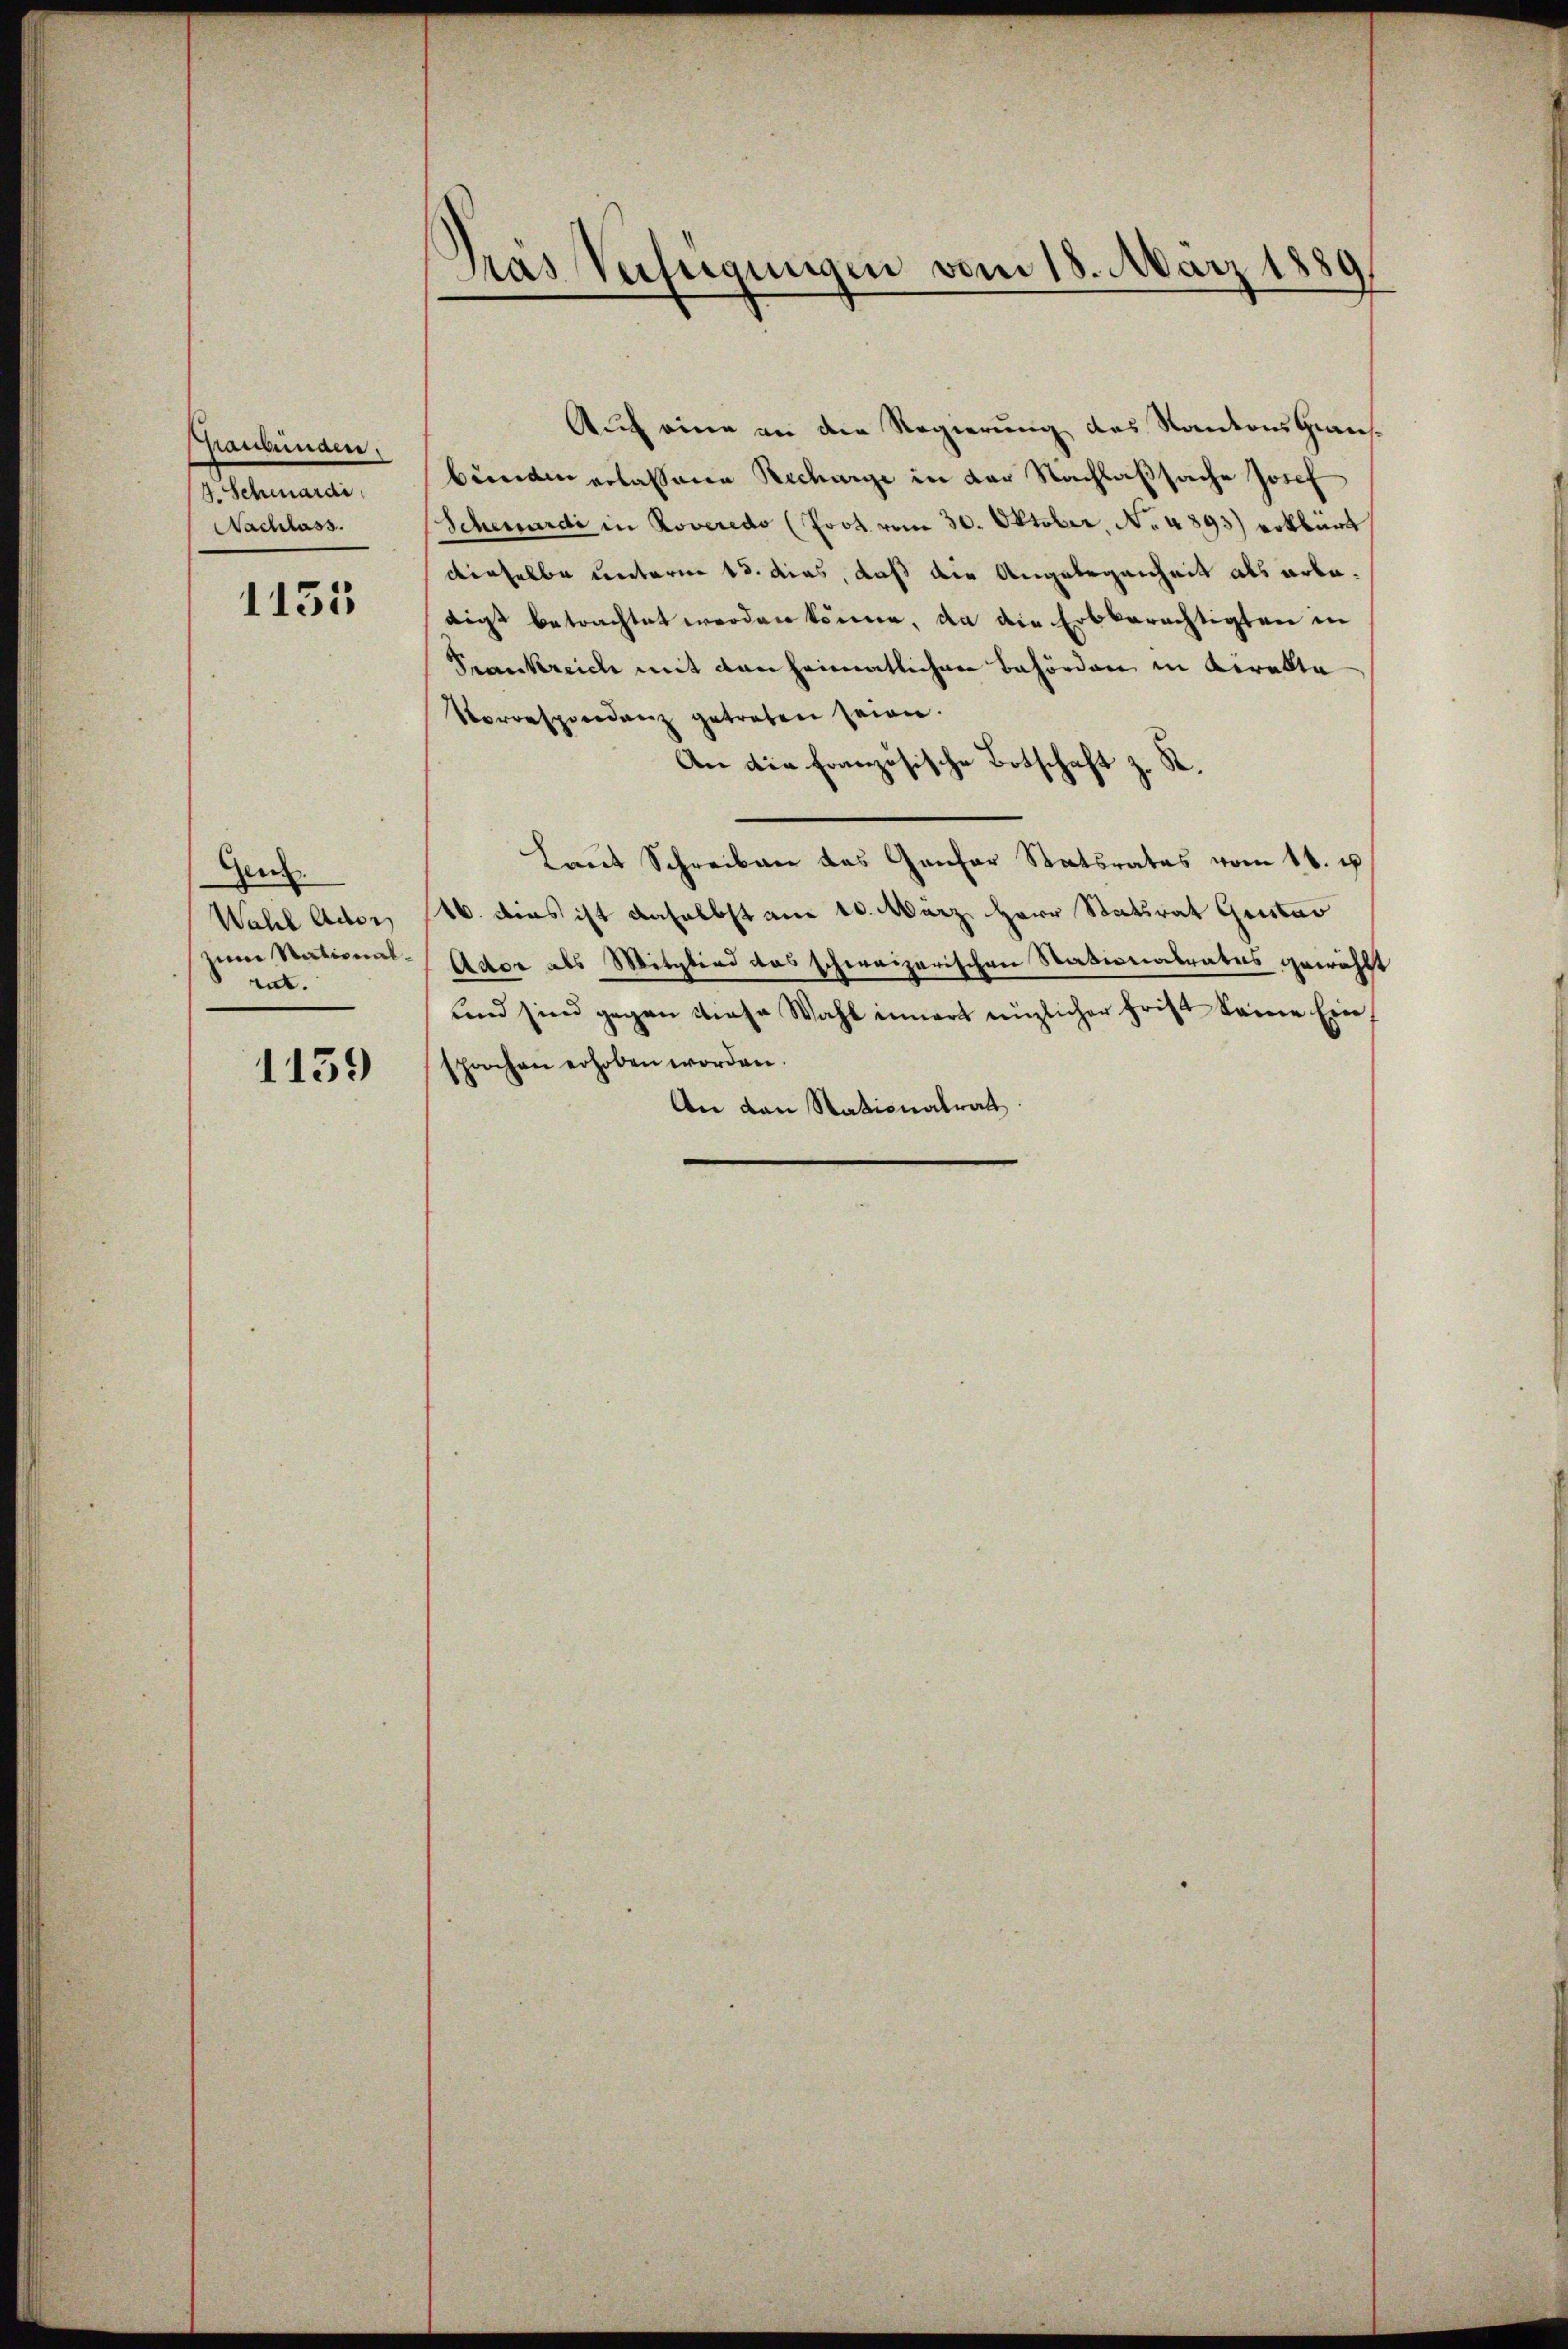
Ppanbunden.
4. Schenardi
Nachlass.

1135

Gen.
Wahl Ador
zum Nationalrat.

1159

Gras Verfügungen vom 18. März 1889

Auf eine an die Regierung das Kantons Grausbünden erlassenen Recharge in der Nachlaßsache Josef
Scheurdi in Roveredo (Poot vom 30. Oktober, No 4893) erklärt
derselbe unterm 15. dies, daß die Angelegenheit als arbedigt betrachtet werden könne, da die Erbberechtigten in
Pranckreich mit den heimatlichen Behörden in Direkte
Vorrespondenz getreten seien.
An die Französische Botschaft z. St
Laut Schreiben das Genfer Statsrates vom 18. e
16. dies ist daselbst am 10. März Herr Statsrat Geistar
Ador als Mitglied das schweizerischen Stationalrates gewählt
und sind gegen diese Wahl innert einzlicher frist keine Einprochen erhoben worden.
An den Stationalrat